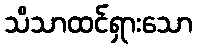
သိသာထင်ရှားသော